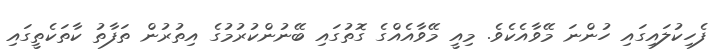
ފެހިކުލައިގައި ހުންނަ މޭވާއެކެވެ. މިއީ މޭވާއެއްގެ ގޮތުގައި ބޭނުންކުރުމުގެ އިތުރުން ތަފާތު ކާތަކެތީގައި